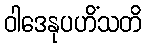
ဝါဒေနုပဟိံသတိ